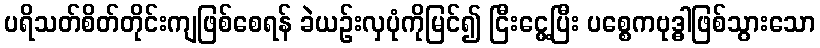
ပရိသတ်စိတ်တိုင်းကျဖြစ်စေရန် ခဲယဉ်းလှပုံကိုမြင်၍ ငြီးငွေ့ပြီး ပစ္စေကဗုဒ္ဓါဖြစ်သွားသော